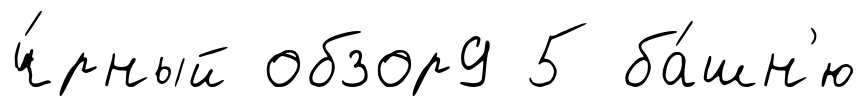
ч́рный обзор9 5 ба́шн'ю